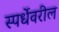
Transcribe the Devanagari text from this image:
स्पर्धेवरील